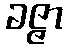
ခဇ္ဇာ